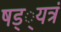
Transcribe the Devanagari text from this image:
षड््यत्रं